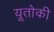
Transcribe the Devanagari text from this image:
यूतोकी